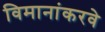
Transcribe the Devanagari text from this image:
विमानांकरवे